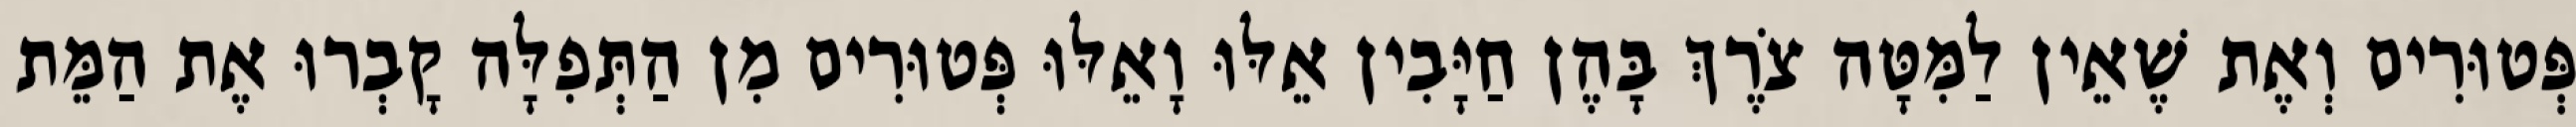
פְּטוּרִים וְאֶת שֶׁאֵין לַמִּטָּה צֹרֶךְ בָּהֶן חַיָּבִין אֵלּוּ וָאֵלּוּ פְּטוּרִים מִן הַתְּפִלָּה קָבְרוּ אֶת הַמֵּת